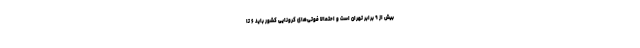
بیش از ۹ برابر تهران است و احتمالا فوتی‌های کرونایی کشور باید ۶ تا